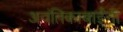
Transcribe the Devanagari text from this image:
अवंतिकाबाईंनी